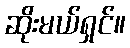
ဆိုးမယ်ရှင်။